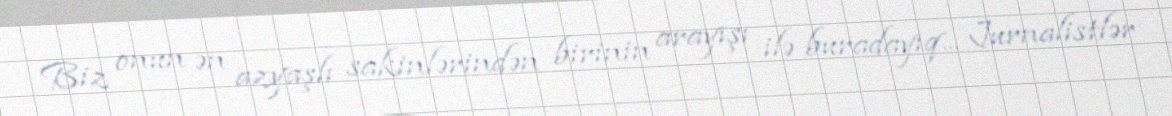
Biz onun ən azyaşlı sakinlərindən birinin arayışı ilə buradayıq... Jurnalistlər